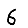
Digit: 6